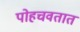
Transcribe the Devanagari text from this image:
पोहचवतात